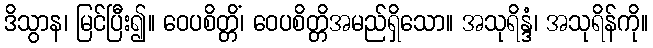
ဒိသွာန၊ မြင်ပြီး၍။ ဝေပစိတ္တိံ၊ ဝေပစိတ္တိအမည်ရှိသော။ အသုရိန္ဒံ၊ အသုရိန်ကို။